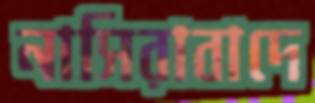
নাসিরাবাদে